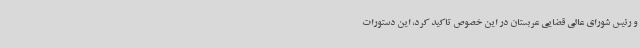
و رئیس شورای عالی قضایی عربستان در این خصوص تاکید کرد، این دستورات